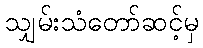
သျှမ်းသံတော်ဆင့်မှ